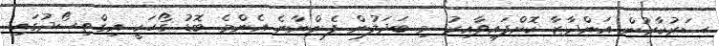
ސަރުކާރުން އަންދާޒާ ކޮށްފައިވާއިރު މި ބަދަލުން ފެންނާނެ އެންމެ ބޮޑު ގޯހަކީ އިގްތިސޯދުގައި